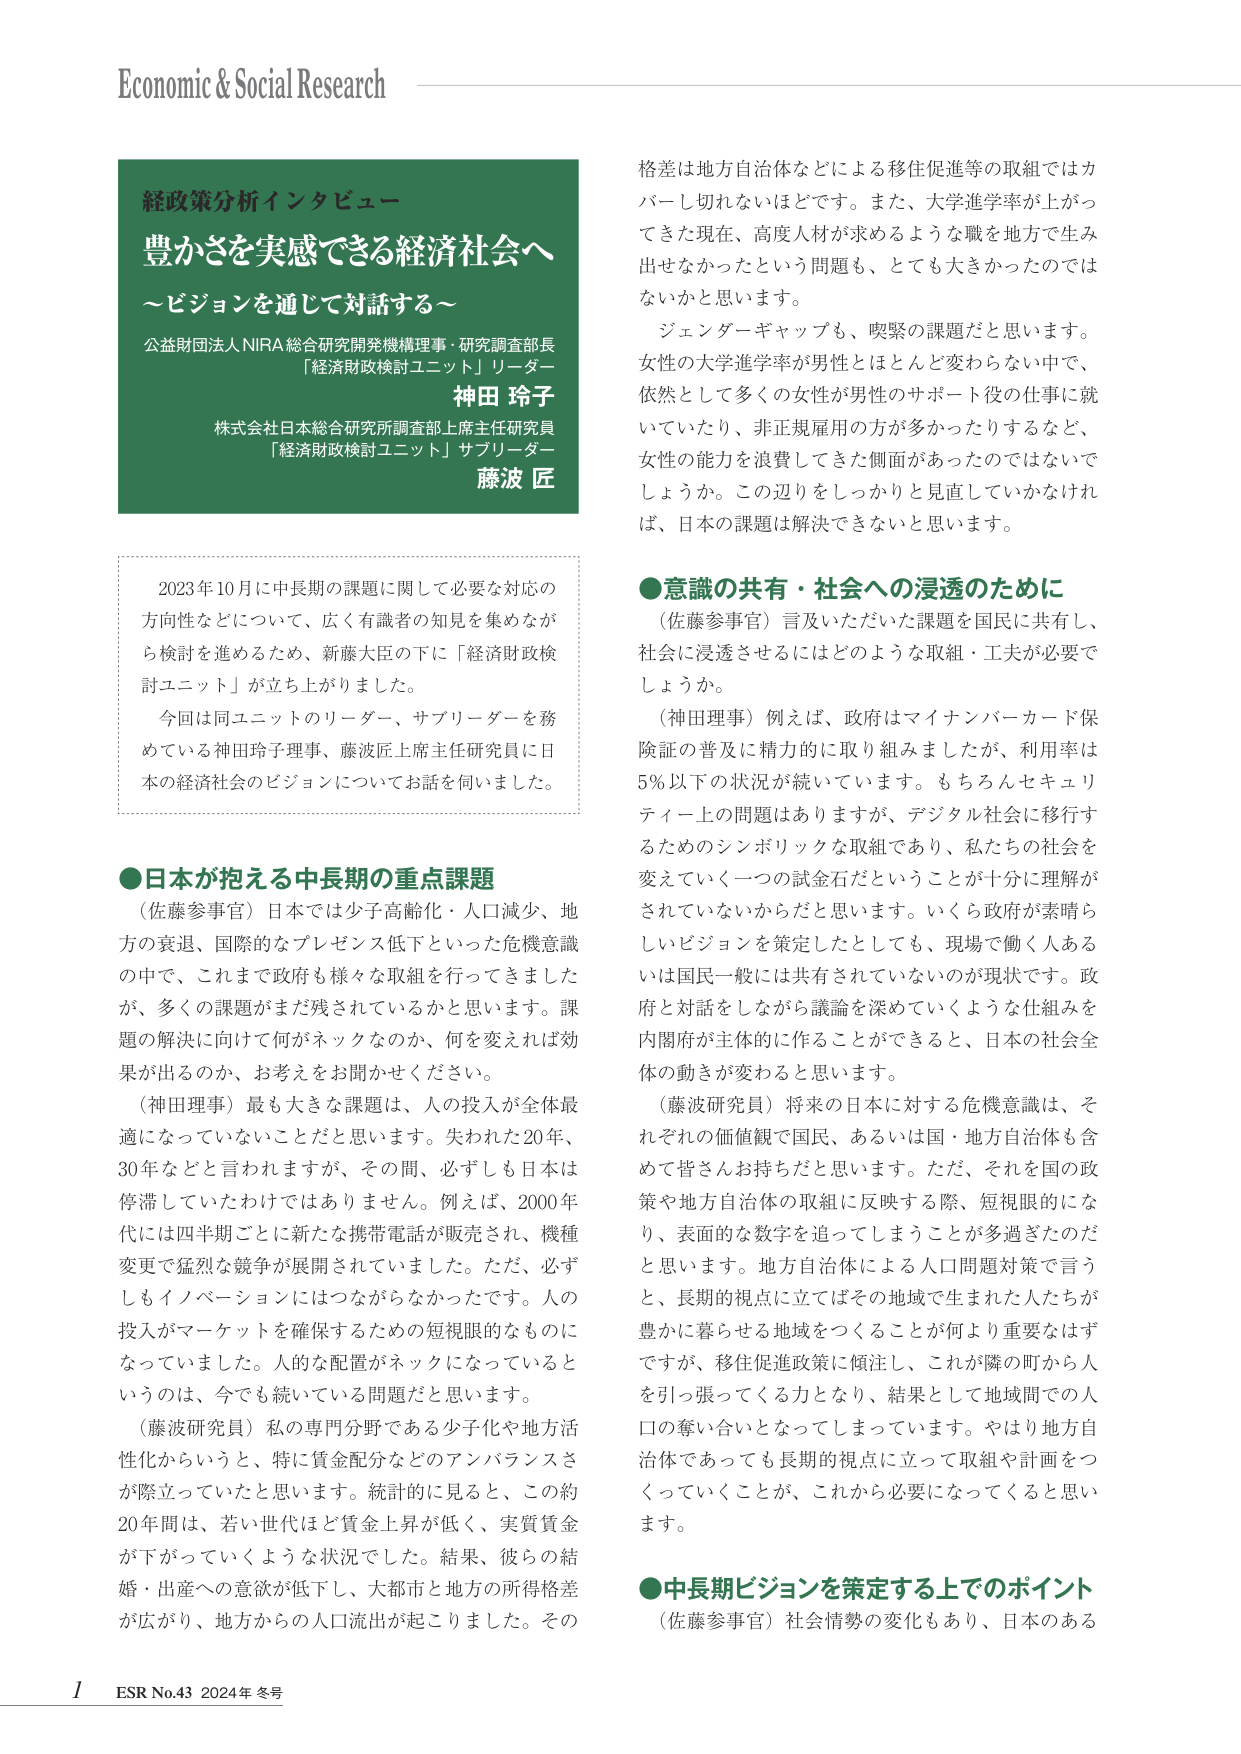
Economic & Social Research

経政策分析インタビュー
豊かさを実感できる経済社会へ
～ビジョンを通じて対話する～

公益財団法人NIRA 総合研究開発機構理事・研究調査部長
「経済財政検討ユニット」リーダー
神田 玲子
株式会社日本総合研究所調査部主席主任研究員
「経済財政検討ユニット」サブリーダー
藤波 匠

2023年10月に中長期の課題に関して必要な対応の
方向性などについて、広く有識者の知見を集めるが
ら検討を進めるため、新藤大臣の下に「経済財政検
討ユニット」が立ち上がりました。
今回は同ユニットのリーダー、サブリーダーを務
めている神田玲子理事、藤波匠主席主任研究員に日
本の経済社会のビジョンについてお話を伺いました。

●日本が抱える中長期的重点課題
（佐藤参事官）日本では少子高齢化・人口減少、地
方の衰退、国際的なプレゼンス低下といった危機意識
の中で、これまで政府も様々な取組を行ってきました
が、多くの課題がまだ残されているかと思います。課
題の解決に向けて何がネックなのか、何を変えれば効
果が出るのか、お考えをお聞かせください。
（神田理事）最も大きな課題は、人の投入が全体最
適になっていないことだと思います。失われた20年、
30年などと言われますが、その間、必ずしも日本は
停滞していたわけではありません。例えば、2000年
代には四半期ごとに新たな携帯電話が販売され、機種
変更で猛烈な競争が展開されていました。ただ、必ず
しもイノベーションにはつながらなかったです。人の
投入がマーケットを確保するための短視眼的なものに
なっていました。人的な配置がネックになっていると
いうのは、今でも続いている問題だと思います。
（藤波研究員）私の専門分野である少子化や地方活
性化からいうと、特に賃金分配などのアンバランスさ
が際立っていたと思います。統計的に見ると、この約
20年間は、若い世代ほど賃金上昇が低く、実質賃金
が下がっていくような状況でした。結果、彼らの結
婚・出産への意欲が低下し、大都市と地方の所得格差
が広がり、地方からの人口流出が起こりました。その

格差は地方自治体などによる移住促進等の取組ではカ
バーし切れないほどです。また、大学進学率が上がっ
てきた現在、高度人材が求めるような職を地方で生み
出せなかったという問題も、とても大きかったのでは
ないかと思います。
ジェンダーギャップも、喫緊の課題だと思います。
女性の大学進学率が男性とほとんど変わらない中で、
依然として多くの女性が男性のサポート役の仕事に就
いていたり、非正規雇用の方が多かったりするなど、
女性の能力を浪費してきた側面があったのではないで
しょうか。この辺りをしっかりと見直していかなけれ
ば、日本の課題は解決できないと思います。

●意識の共有・社会への浸透のために
（佐藤参事官）言及いただいた課題を国民に共有し、
社会に浸透させるにはどのような取組・工夫が必要で
しょうか。
（神田理事）例えば、政府はマイナンバーカード保
険証の普及に精力的に取り組みましたが、利用率は
5％以下の状況が続いています。もちろんセキュリ
ティー上の問題はありますが、デジタル社会に移行す
るためのシンボリックな取組であり、私たちの社会を
変えていく一つの試金石だということが十分に理解が
されていないからだと思います。いくら政府が素晴らしいビジョンを策定したとしても、現場で働く人あるいは国民一般には共有されていないのが現状です。政府と対話をしながら議論を深めていくような仕組みを内閣府が主体的に作ることができると、日本の社会全体の動きが変わると思います。
（藤波研究員）将来の日本に対する危機意識は、そ
れぞれの価値観で国民、あるいは国・地方自治体も含
めて皆さんお持ちだと思います。ただ、それを国の政
策や地方自治体の取組に反映する際、短視眼的にな
り、表面的な数字を追ってしまうことが多過ぎたのだ
と思います。地方自治体による人口問題対策で言う
と、長期的視点に立てばその地域で生まれた人たちが
豊かに暮らせる地域をつくることが何より重要はず
ですが、移住促進政策に傾注し、これが隣の町から人
を引っ張ってくる力となり、結果として地域間での人
口の奪い合いとなってしまっています。やはり地方自
治体であっても長期的視点に立って取組や計画をつ
くっていくことが、これから必要になってくると思い
ます。

●中長期ビジョンを策定する上でのポイント
（佐藤参事官）社会情勢の変化もあり、日本のある

1 ESR No.43 2024年 冬号